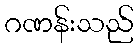
ဂဏန်းသည်